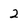
Character: 2